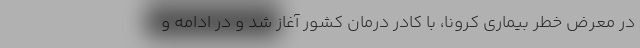
در معرض خطر بیماری کرونا، با کادر درمان کشور آغاز شد و در ادامه و